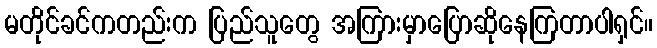
မတိုင်ခင်ကတည်းက ပြည်သူတွေ အကြားမှာပြောဆိုနေကြတာပါရှင်။